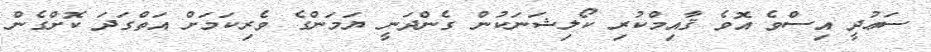
ސަޢުދީ އިސްވެ އޮވެ ޤާއިމްކުރި ކޯލިޝަނަކުން ގެންދަނީ ޔަމަންގެ ވެރިކަމަށް އަތްގަދަ ކޮށްގެން